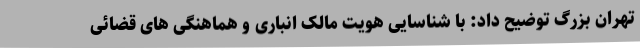
تهران بزرگ توضیح داد: با شناسایی هویت مالک انباری و هماهنگی های قضائی